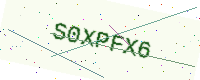
Text: S0XPFX6